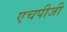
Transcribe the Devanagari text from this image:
एचपीजी